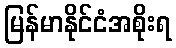
မြန်မာနိုင်ငံအစိုးရ